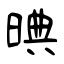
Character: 晪